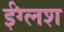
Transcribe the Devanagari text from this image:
ईंग्लश